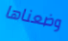
وضعناها